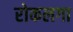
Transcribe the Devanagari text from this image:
रोकलगा